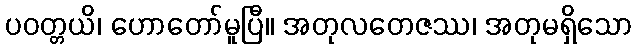
ပဝတ္တယိ၊ ဟောတော်မူပြီ။ အတုလတေဇဿ၊ အတုမရှိသော